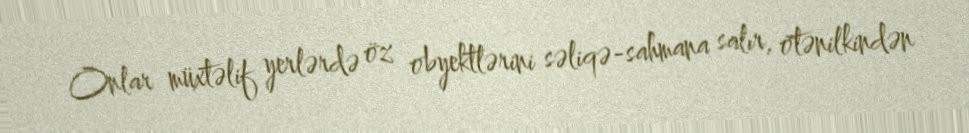
Onlar müxtəlif yerlərdə öz obyektlərini səliqə-sahmana salır, ötənilkindən